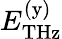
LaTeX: E_{\mathrm{THz}}^{\mathrm{(y)}}